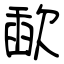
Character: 歃